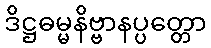
ဒိဋ္ဌဓမ္မနိဗ္ဗာနပ္ပတ္တော